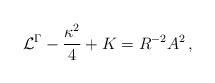
LaTeX: \begin{align*}\mathcal{L}^{\Gamma}-\frac{\kappa^2}{4}+K = R^{-2}A^2\,,\end{align*}